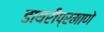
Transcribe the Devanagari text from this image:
डायरीप्रमाणे